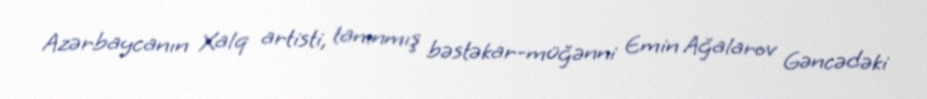
Azərbaycanın Xalq artisti, tanınmış bəstəkar-müğənni Emin Ağalarov Gəncədəki